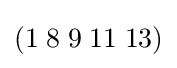
(1\;8\;9\;11\;13)